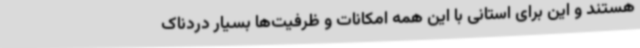
هستند و این برای استانی با این همه امکانات و ظرفیت‌ها بسیار دردناک